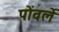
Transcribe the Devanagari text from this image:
पोंवर्ले